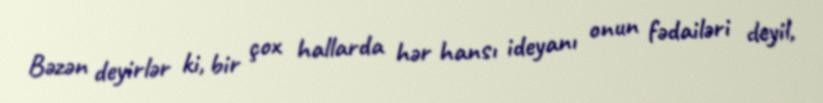
Bəzən deyirlər ki, bir çox hallarda hər hansı ideyanı onun fədailəri deyil,